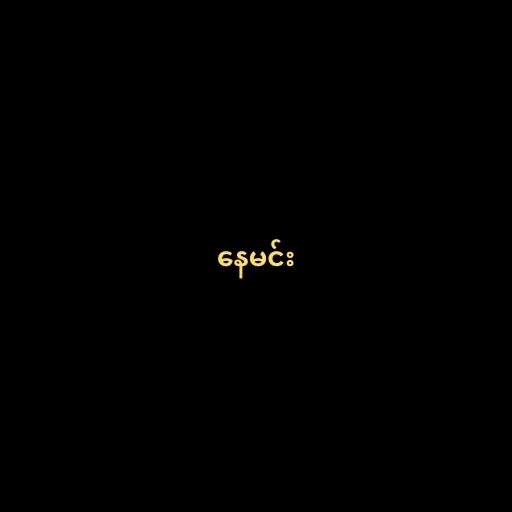
နေမင်း